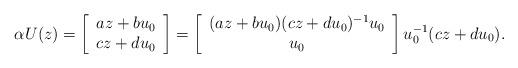
LaTeX: \begin{align*}\alpha U(z)=\left[\begin{array}{c}az+bu_0\\cz+du_0\end{array}\right]=\left[\begin{array}{c}(az+bu_0)(cz+du_0)^{-1}u_0\\u_0\end{array}\right]u_0^{-1}(cz+du_0).\end{align*}